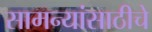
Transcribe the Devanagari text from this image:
सामन्यांसाठीचे